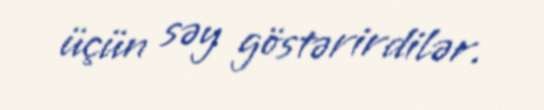
üçün səy göstərirdilər.